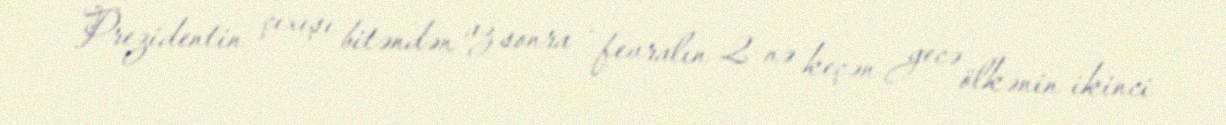
Prezidentin çıxışı bitəndən az sonra - fevralın 2-nə keçən gecə ölkənin ikinci